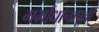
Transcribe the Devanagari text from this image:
गर्भाधानापूर्वी